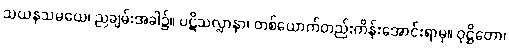
သယနှသမယေ၊ ညချမ်းအခါ၌။ ပဋိသလ္လာနာ၊ တစ်ယောက်တည်းကိန်းအောင်းရာမှ။ ဝုဋ္ဌိတော၊